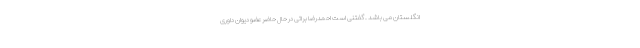
انگلستان می باشد . گفتنی است احمدرضا براتی در حال حاضرعضو دیوان داوری